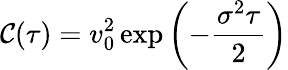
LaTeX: \mathcal{C}(\tau)=v_{0}^{2}\, \mathrm{{exp}}\left(-{\frac{{\sigma^{2}\tau}}{{2}}}\right)